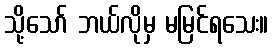
သို့သော် ဘယ်လိုမှ မမြင်ရသေး။